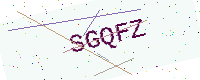
Text: SGQFZ